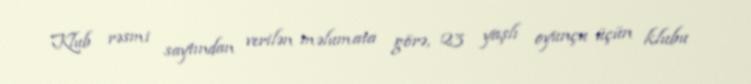
Klub rəsmi saytından verilən məlumata görə, 23 yaşlı oyunçu üçün klubu